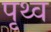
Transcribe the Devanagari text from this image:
पृथ्व